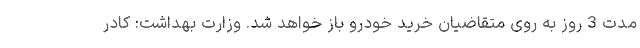
مدت 3 روز به روی متقاضیان خرید خودرو باز خواهد شد. وزارت بهداشت: کادر